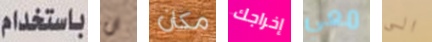
باستخدام ان مكان إخراجك معي الى